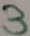
Text: 3